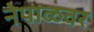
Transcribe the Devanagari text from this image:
नेपाळवर